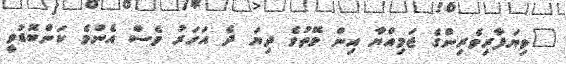
"ވިޔަފާރިވެރިންގެ ޖަމިއްޔާ އިން ވޭތުވެ ދިޔަ ދެ އަހަރު ވެސް އެންމެ ކަންބޮޑުވީ